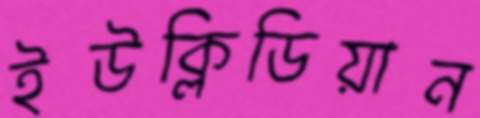
ইউক্লিডিয়ান